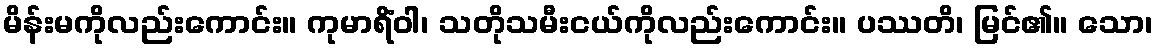
မိန်းမကိုလည်းကောင်း။ ကုမာရိံဝါ၊ သတိုသမီးငယ်ကိုလည်းကောင်း။ ပဿတိ၊ မြင်၏။ သော၊